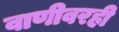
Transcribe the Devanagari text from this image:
वाणीवरही